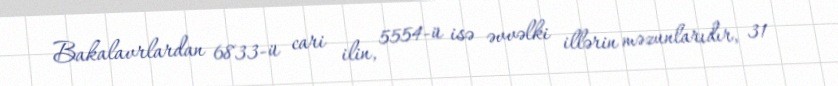
Bakalavrlardan 6833-ü cari ilin, 5554-ü isə əvvəlki illərin məzunlarıdır, 31